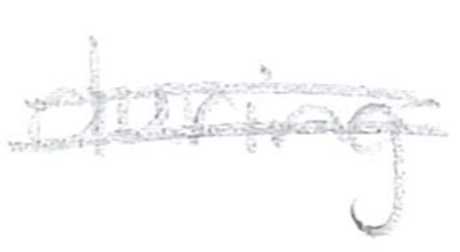
Text: during
Cross-out: double-line
Writing tool: pencil